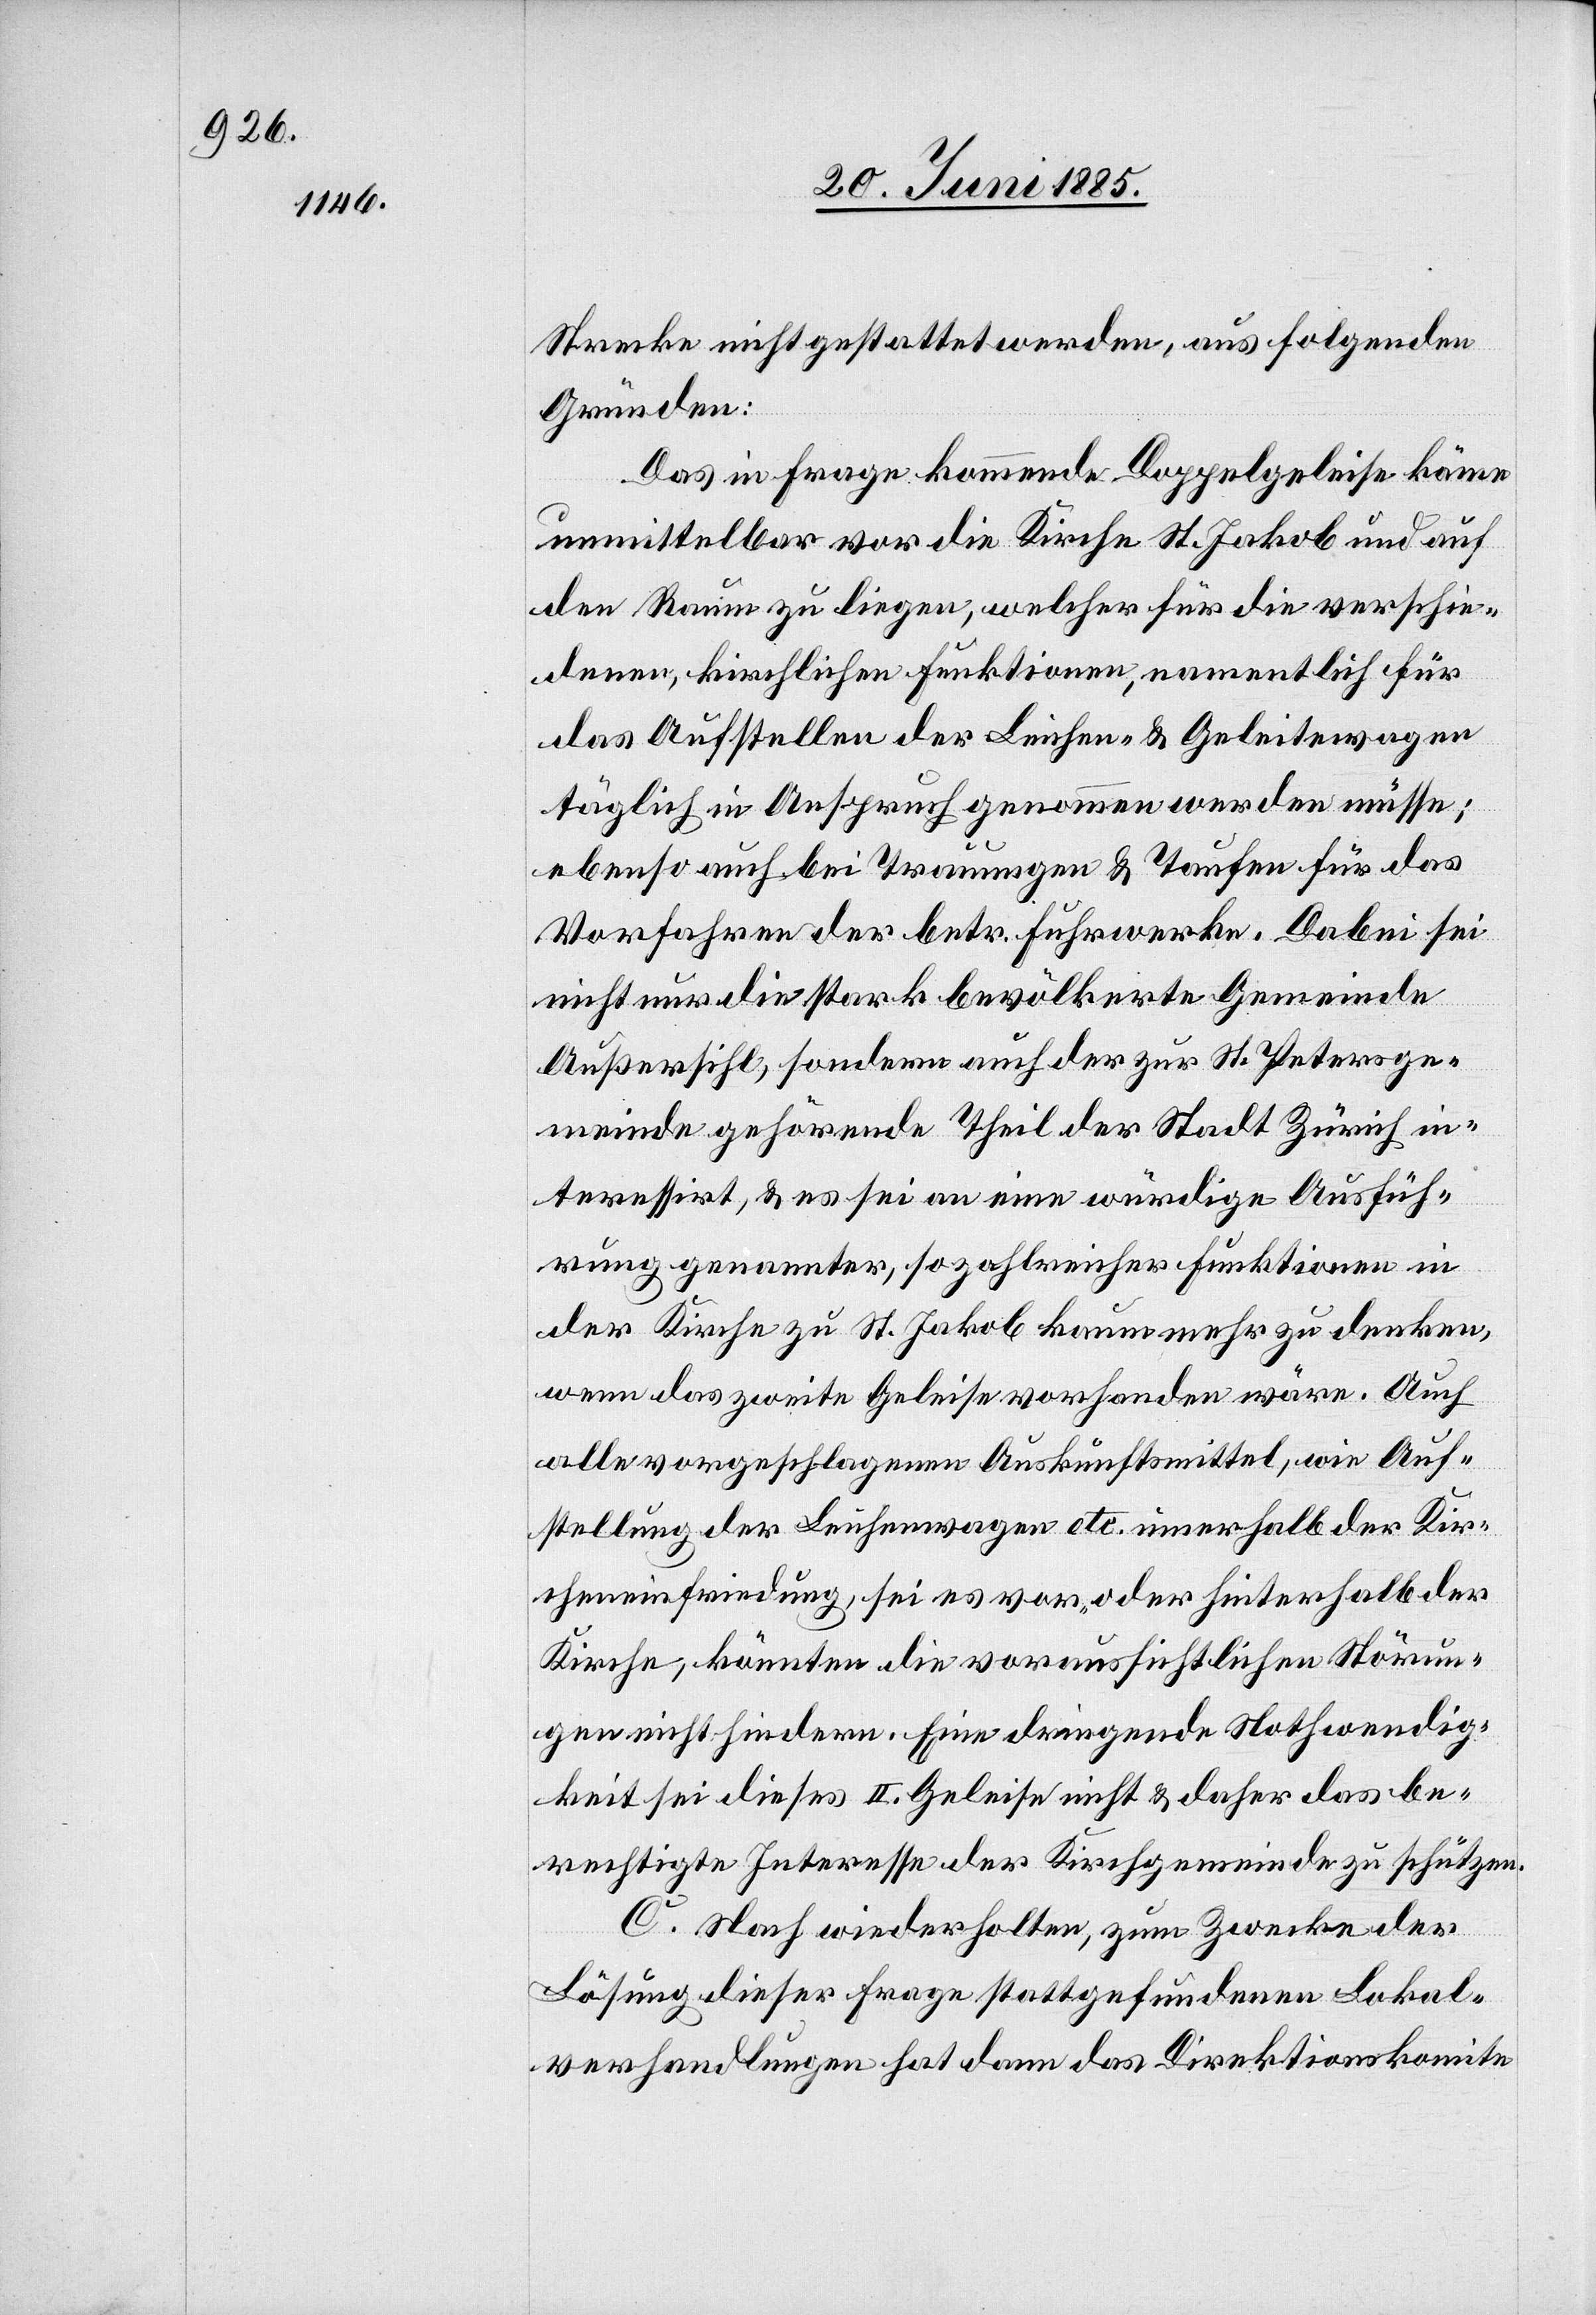
Strecke nicht gestattet werden, aus folgenden
Gründen:
Das in Frage kommende Doppelgeleise käme
unmittelbar vor die Kirche St. Jakob und auf
den Raum zu liegen, welcher für die verschie¬
denen, kirchlichen Funktionen, namentlich für
das Aufstellen der Leichen- & Geleitewagen
täglich in Anspruch genommen werden müsse;
ebenso auch bei Trauungen & Taufen für das
Vorfahren der betr. Fuhrwerke. Dabei sei
nicht nur die stark bevölkerte Gemeinde
Außersihl, sondern auch der zur St. Petersge¬
meinde gehörende Theil der Stadt Zürich in¬
teressirt, & es sei an eine würdige Ausfüh¬
rung genannter, so zahlreicher Funktionen in
der Kirche zu St. Jakob kaum mehr zu denken,
wenn das zweite Geleise vorhanden wäre. Auch
alle vorgeschlagenen Auskunftsmittel, wie Auf¬
stellung der Leichenwagen etc. innerhalb der Kir¬
cheneinfriedung, sei es vor- oder hinterhalb der
Kirche, könnten die voraussichtlichen Störun¬
gen nicht hindern. Eine dringende Nothwendig¬
keit sie dieses II. Geleise nicht & daher das be¬
rechtigte Interesse der Kirchgemeinde zu schützen.
C. Nach wiederholten, zum Zwecke der
Lösung dieser Frage stattgefundenen Lokal¬
verhandlungen hat dann das Direktionskomite